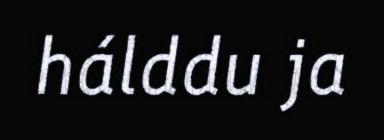
hálddu ja